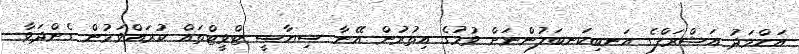
އަހްމަދު އަޝްރަފްގެ އަނބިކަނބަލުންނަށް ވުމުގެ އިތުރުން އޭނާ ސިޔާސީ ޓްވީޓްތައް ކުރައްވަމުން ގެންދަވާ